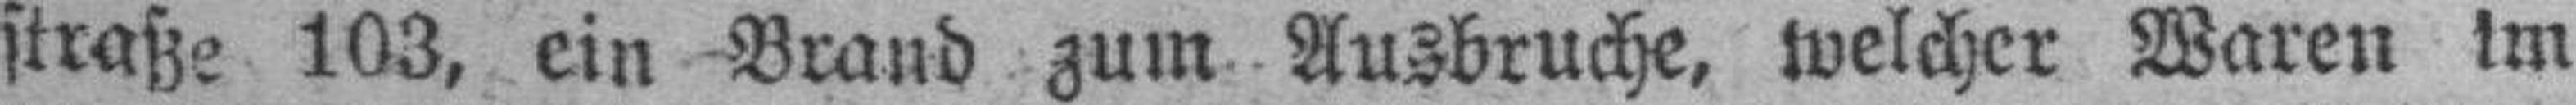
straße 103, ein Brand zum Ausbruche, welcher Waren im